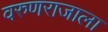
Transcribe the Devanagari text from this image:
वरुणराजाला